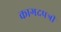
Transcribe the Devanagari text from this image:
कागदपत्री